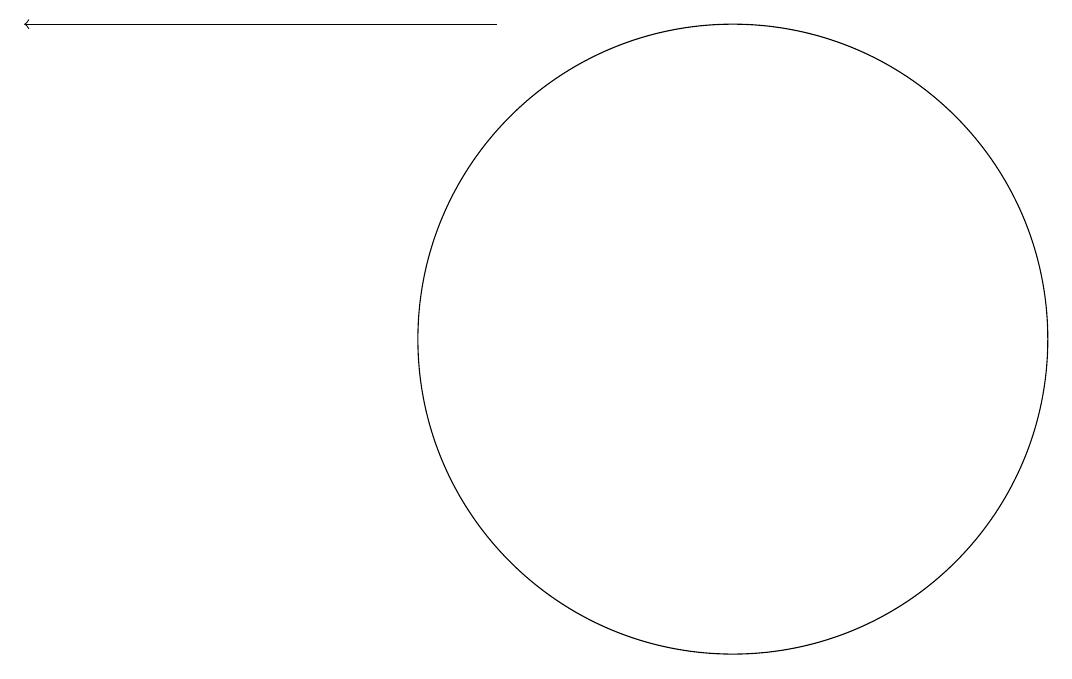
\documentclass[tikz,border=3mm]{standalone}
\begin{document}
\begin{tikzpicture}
\draw (10,11) circle (4);
\draw[->] (7,15) -- (1,15);
\draw (12,10) circle (0);
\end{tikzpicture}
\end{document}